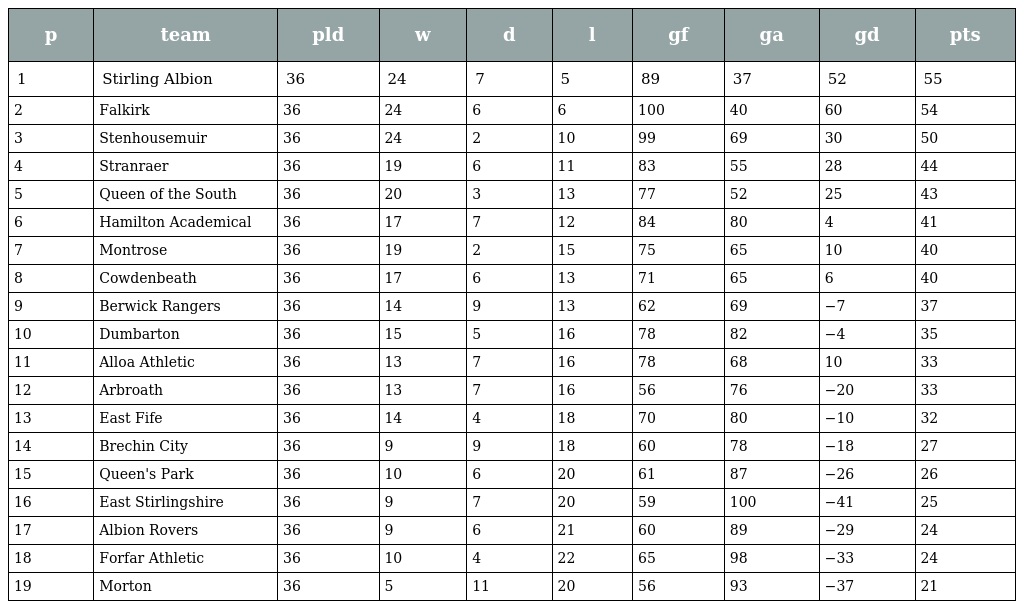
| p | team | pld | w | d | l | gf | ga | gd | pts |
 | --- | --- | --- | --- | --- | --- | --- | --- | --- | --- |
 | 1 | Stirling Albion | 36 | 24 | 7 | 5 | 89 | 37 | 52 | 55 |
 | 2 | Falkirk | 36 | 24 | 6 | 6 | 100 | 40 | 60 | 54 |
 | 3 | Stenhousemuir | 36 | 24 | 2 | 10 | 99 | 69 | 30 | 50 |
 | 4 | Stranraer | 36 | 19 | 6 | 11 | 83 | 55 | 28 | 44 |
 | 5 | Queen of the South | 36 | 20 | 3 | 13 | 77 | 52 | 25 | 43 |
 | 6 | Hamilton Academical | 36 | 17 | 7 | 12 | 84 | 80 | 4 | 41 |
 | 7 | Montrose | 36 | 19 | 2 | 15 | 75 | 65 | 10 | 40 |
 | 8 | Cowdenbeath | 36 | 17 | 6 | 13 | 71 | 65 | 6 | 40 |
 | 9 | Berwick Rangers | 36 | 14 | 9 | 13 | 62 | 69 | −7 | 37 |
 | 10 | Dumbarton | 36 | 15 | 5 | 16 | 78 | 82 | −4 | 35 |
 | 11 | Alloa Athletic | 36 | 13 | 7 | 16 | 78 | 68 | 10 | 33 |
 | 12 | Arbroath | 36 | 13 | 7 | 16 | 56 | 76 | −20 | 33 |
 | 13 | East Fife | 36 | 14 | 4 | 18 | 70 | 80 | −10 | 32 |
 | 14 | Brechin City | 36 | 9 | 9 | 18 | 60 | 78 | −18 | 27 |
 | 15 | Queen's Park | 36 | 10 | 6 | 20 | 61 | 87 | −26 | 26 |
 | 16 | East Stirlingshire | 36 | 9 | 7 | 20 | 59 | 100 | −41 | 25 |
 | 17 | Albion Rovers | 36 | 9 | 6 | 21 | 60 | 89 | −29 | 24 |
 | 18 | Forfar Athletic | 36 | 10 | 4 | 22 | 65 | 98 | −33 | 24 |
 | 19 | Morton | 36 | 5 | 11 | 20 | 56 | 93 | −37 | 21 |